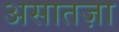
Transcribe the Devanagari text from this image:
असातज़ा